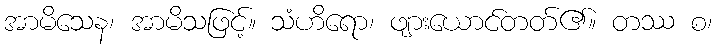
အာမိသေန၊ အာမိသဖြင့်။ သံဟိရော၊ ဖျားယောင်တတ်၏။ တဿ စ၊